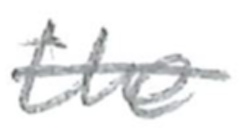
Text: the
Cross-out: mix
Writing tool: pencil